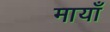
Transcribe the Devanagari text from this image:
मायाँ